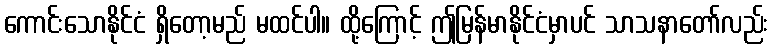
ကောင်းသောနိုင်ငံ ရှိတော့မည် မထင်ပါ။ ထို့ကြောင့် ဤမြန်မာနိုင်ငံမှာပင် သာသနာတော်လည်း